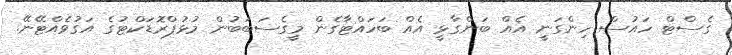
ގެސްޓް ހައުސް ހިންގަނީ އެއް ބަންގާޅީ އެއް ބަހައްޓާގެން މީގެސަބަބުން މުޅުޕްރޮޑަކްޓުގެ އަގުވެއްޓޭނޭ.